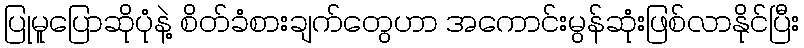
ပြုမူပြောဆိုပုံနဲ့ စိတ်ခံစားချက်တွေဟာ အကောင်းမွန်ဆုံးဖြစ်လာနိုင်ပြီး